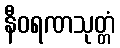
နီဝရဏသုတ္တံ